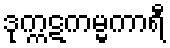
ဒုက္ကဋကမ္မကာရီ